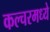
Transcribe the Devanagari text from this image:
कल्चरमध्ये